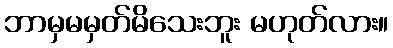
ဘာမှမမှတ်မိသေးဘူး မဟုတ်လား။